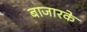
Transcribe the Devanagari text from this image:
बाजारके